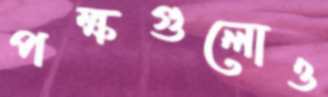
পক্ষগুলোও